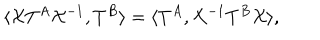
\langle { \cal X } T ^ { A } { \cal X } ^ { - 1 } , T ^ { B } \rangle = \langle T ^ { A } , { \cal X } ^ { - 1 } T ^ { B } { \cal X } \rangle ,